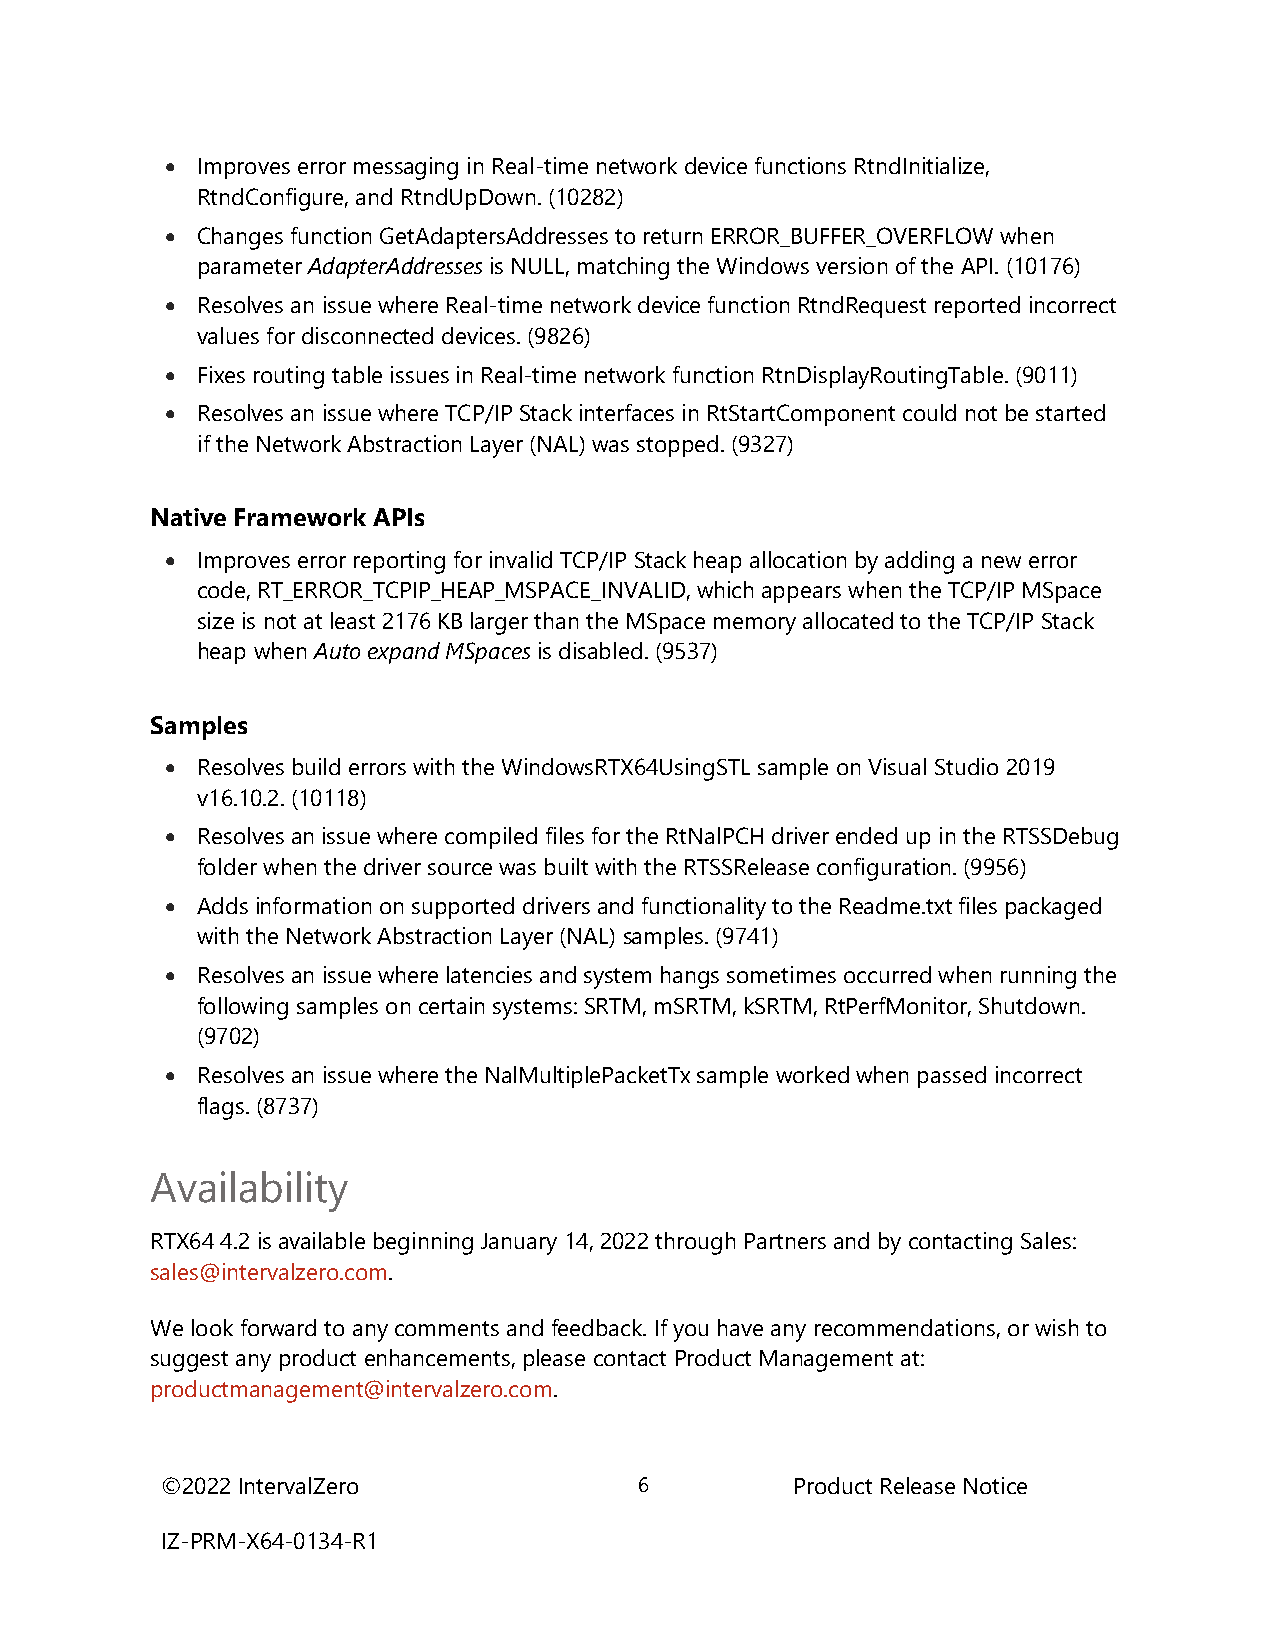
 Improves error messaging in Real-time network device functions RtndInitialize,
 RtndConfigure, and RtndUpDown. (10282)
  Changes function GetAdaptersAddresses to return ERROR_BUFFER_OVERFLOW when
 parameter AdapterAddresses is NULL, matching the Windows version of the API. (10176)
  Resolves an issue where Real-time network device function RtndRequest reported incorrect
 values for disconnected devices. (9826)
  Fixes routing table issues in Real-time network function RtnDisplayRoutingTable. (9011)
  Resolves an issue where TCP/IP Stack interfaces in RtStartComponent could not be started
 if the Network Abstraction Layer (NAL) was stopped. (9327)
 Native Framework APIs
  Improves error reporting for invalid TCP/IP Stack heap allocation by adding a new error
 code, RT_ERROR_TCPIP_HEAP_MSPACE_INVALID, which appears when the TCP/IP MSpace
 size is not at least 2176 KB larger than the MSpace memory allocated to the TCP/IP Stack
 heap when Auto expand MSpaces is disabled. (9537)
 Samples
  Resolves build errors with the WindowsRTX64UsingSTL sample on Visual Studio 2019
 v16.10.2. (10118)
  Resolves an issue where compiled files for the RtNalPCH driver ended up in the RTSSDebug
 folder when the driver source was built with the RTSSRelease configuration. (9956)
  Adds information on supported drivers and functionality to the Readme.txt files packaged
 with the Network Abstraction Layer (NAL) samples. (9741)
  Resolves an issue where latencies and system hangs sometimes occurred when running the
 following samples on certain systems: SRTM, mSRTM, kSRTM, RtPerfMonitor, Shutdown.
 (9702)
  Resolves an issue where the NalMultiplePacketTx sample worked when passed incorrect
 flags. (8737)
 Availability
 RTX64 4.2 is available beginning January 14, 2022 through Partners and by contacting Sales:
 sales@intervalzero.com.
 We look forward to any comments and feedback. If you have any recommendations, or wish to
 suggest any product enhancements, please contact Product Management at:
 productmanagement@intervalzero.com.
 ©2022 IntervalZero             6          Product Release Notice
 IZ-PRM-X64-0134-R1